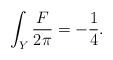
LaTeX: \begin{align*}\int_Y{F\over 2\pi}=-{1\over 4}.\end{align*}